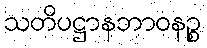
သတိပဋ္ဌာနဘာဝနဉ္စ